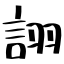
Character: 詡